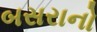
બસરાનો